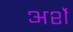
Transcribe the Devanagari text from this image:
अर्शे